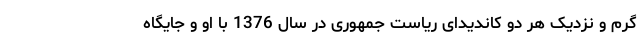
گرم و نزدیک هر دو کاندیدای ریاست جمهوری در سال 1376 با او و جایگاه